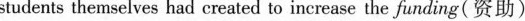
students themselves had created to inerease the funding( 资助〕